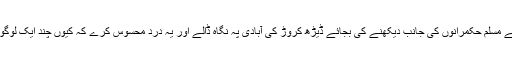
کیا پوری مسلم امہ میں ایک بھی ایسا حکمران باقی نہیں رہا جو گنتی کے مسلم حکمرانوں کی جانب دیکھنے کی بجائے ڈیڑھ کروڑ کی آبادی پہ نگاہ ڈالے اور یہ درد محسوس کرے کہ کیوں چند ایک لوگوں نے اپنے اقتدار کی ہوس میں انھیں ایک دوسرے سے کاٹ رکھا ہے۔